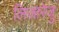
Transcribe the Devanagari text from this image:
लिजारेजु